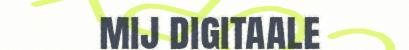
mij digitaale